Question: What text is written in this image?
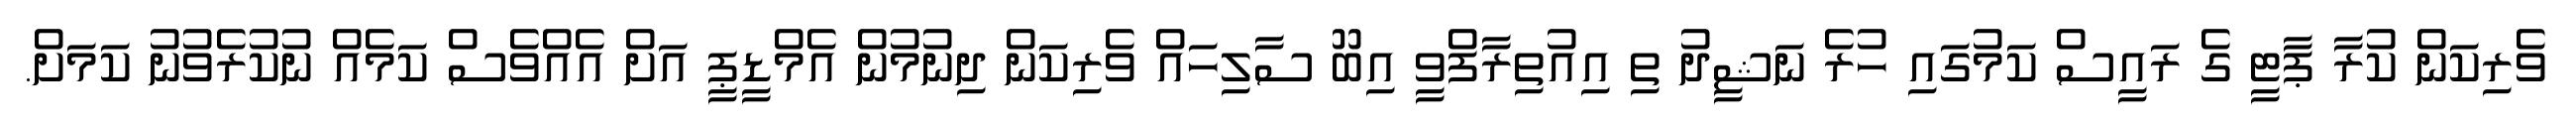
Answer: ވެރިކަން ކުރާ ޕާޓީ ގެ ރައީސް ކަމުގައި ހުރެ ނަޝީދު ތި އިއުތިރާފްވީ އިބޫ ސާލިހައް ވެރިކަން ދިނުމުން އެމްޑީޕީ އަށް އެއްވެސް ކަމެއް ނުކުރެވުނު ކަމަށް.